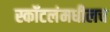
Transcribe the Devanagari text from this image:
स्कॉटलंमधीलच